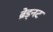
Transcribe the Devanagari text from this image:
ब्रेड्नट